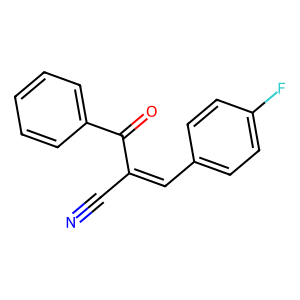
SMILES: N#CC(=Cc1ccc(F)cc1)C(=O)c1ccccc1
Inhibits HIV replication: No